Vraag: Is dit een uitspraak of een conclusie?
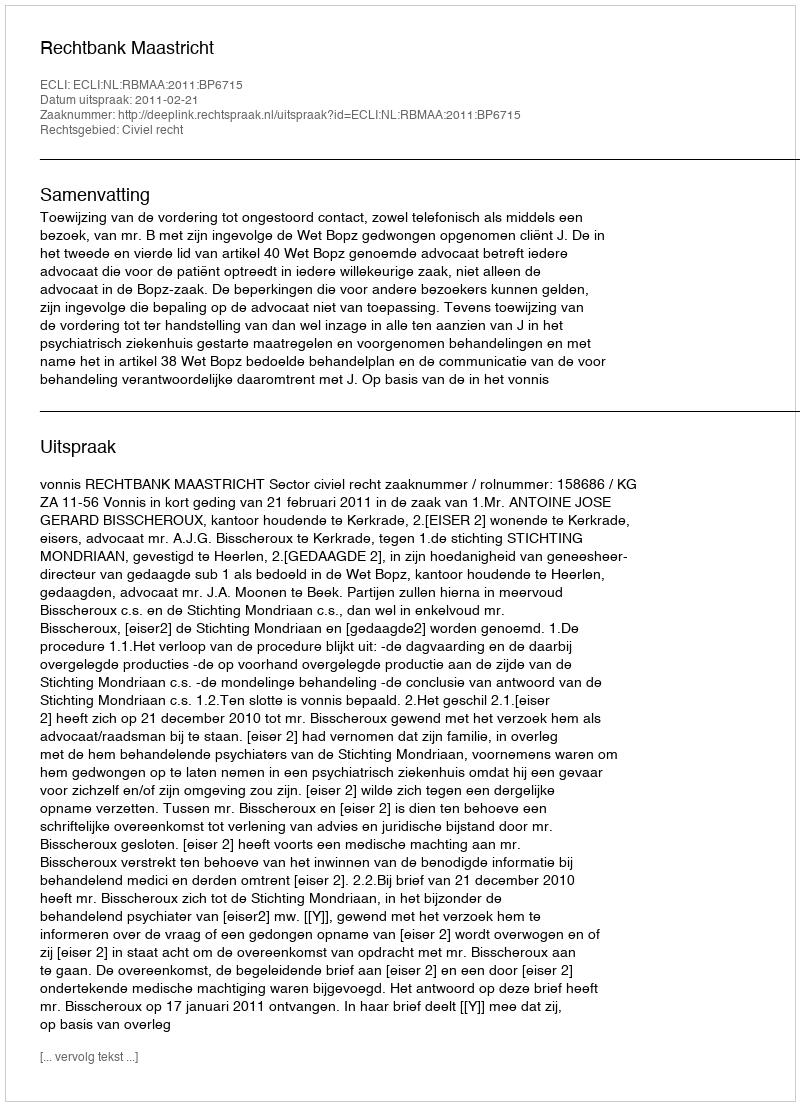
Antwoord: Uitspraak